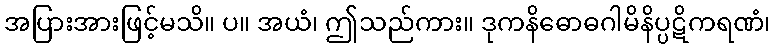
အပြားအားဖြင့်မသိ။ ပ။ အယံ၊ ဤသည်ကား။ ဒုကနိဓောဓဂါမိနိပ္ပဋိကရဏံ၊